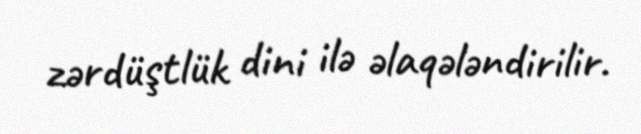
zərdüştlük dini ilə əlaqələndirilir.